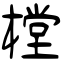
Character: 樘